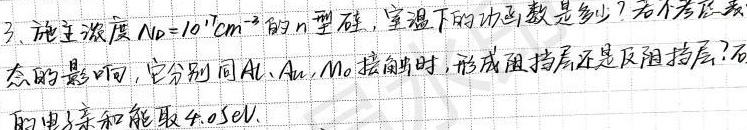
3. 施主浓度\(N_D = 10^{17}cm^{-3}\)的\(n\)型硅，室温下的功函数是多少？若不考虑表态的影响，它分别同\(Al\)、\(Au\)、\(Mo\)接触时，形成阻挡层还是反阻挡层？硅的电子亲和能取\(4.05eV\)。